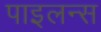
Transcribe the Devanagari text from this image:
पाइलन्स